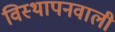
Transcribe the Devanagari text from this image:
विस्थापनवाली